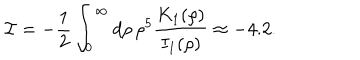
{ \cal I } = - { \frac { 1 } { 2 } } \int _ { 0 } ^ { \infty } d \rho \, \rho ^ { 5 } { \frac { K _ { 1 } ( \rho ) } { I _ { 1 } ( \rho ) } } \approx - 4 . 2 .